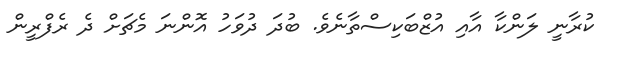
ކުރާނީ ލަންކާ އާއި އުޒްބަކިސްތާނެވެ. ބުދަ ދުވަހު އޮންނަ މެޗަށް ދެ ރެފްރީން